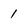
Character: 1